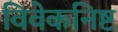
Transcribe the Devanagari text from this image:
विवेकनिष्ट